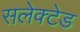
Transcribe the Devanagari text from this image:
सलेक्टेड